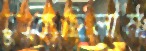
চুকেছিলাম